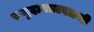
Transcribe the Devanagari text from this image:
समुदायाजवळची